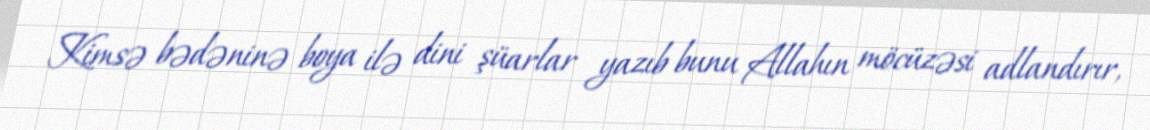
Kimsə bədəninə boya ilə dini şüarlar yazıb bunu Allahın möcüzəsi adlandırır,